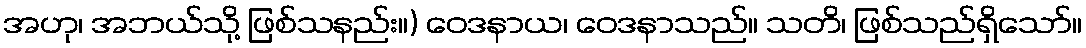
အဟု၊ အဘယ်သို့ ဖြစ်သနည်း။) ဝေဒနာယ၊ ဝေဒနာသည်။ သတိ၊ ဖြစ်သည်ရှိသော်။